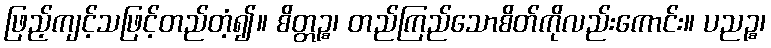
ဖြည့်ကျင့်သဖြင့်တည်တံ့၍။ စိတ္တဉ္စ၊ တည်ကြည်သောစိတ်ကိုလည်းကောင်း။ ပညဉ္စ၊